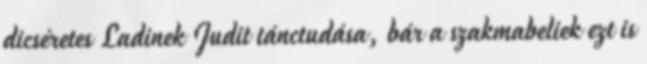
dicséretes Ladinek Judit tánctudása, bár a szakmabeliek ezt is